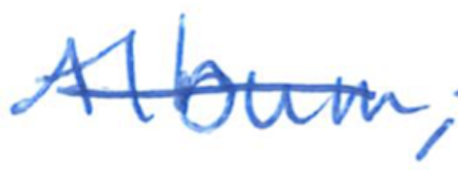
Text: album,
Cross-out: single-line
Writing tool: ballpoint